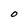
Character: O